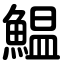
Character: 鰛